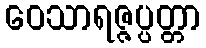
ဝေသာရဇ္ဇပ္ပတ္တာ